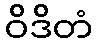
ဝိဒိတံ